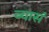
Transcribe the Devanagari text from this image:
व्यासं